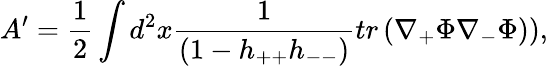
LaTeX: A^{\prime}=\frac{1}{2}\int d^{2}x\frac{1}{(1-h_{++}h_{--})}tr\left(\nabla_{+}\Phi\nabla_{-}\Phi)\right),